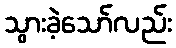
သွားခဲ့သော်လည်း